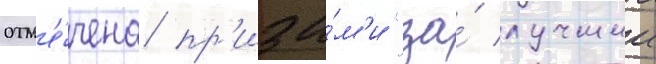
отм'е́чена пр'иза́м'и "за́ лучшии